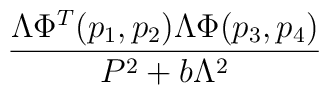
\frac{\Lambda\Phi^T(p_1,p_2)\Lambda\Phi(p_3,p_4)}     {P^2+b\Lambda^2}